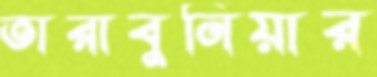
তারাবুনিয়ার